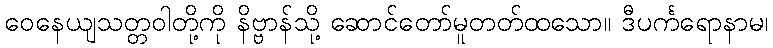
ဝေနေယျသတ္တဝါတို့ကို နိဗ္ဗာန်သို့ ဆောင်တော်မူတတ်ထသော။ ဒီပင်္ကရောနာမ၊